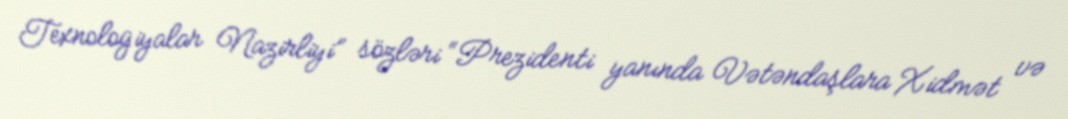
Texnologiyalar Nazirliyi” sözləri “Prezidenti yanında Vətəndaşlara Xidmət və